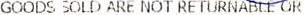
GOODS SOLD ARE NOT RETURNABLE OR